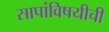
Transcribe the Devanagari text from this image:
सापांविषयीची